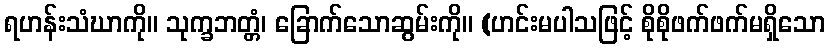
ရဟန်းသံဃာကို။ သုက္ခဘတ္တံ၊ ခြောက်သောဆွမ်းကို။ (ဟင်းမပါသဖြင့် စိုစိုဖက်ဖက်မရှိသော